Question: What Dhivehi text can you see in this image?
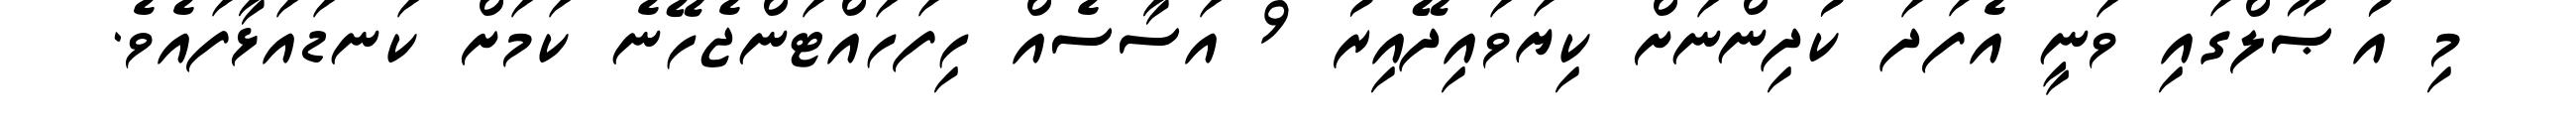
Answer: މި އުޞޫލްގައި ވަނީ އެފަދަ ކުދިންނަށް ކިޔަވައިދޭއިރު 9 އަސާސެއް ހިފަހައްޓަންޖެހޭނެ ކަމަށް ކަނޑައަޅާފައެވެ.